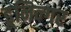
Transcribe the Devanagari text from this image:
डूनिन्गर